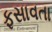
ફસાવતા